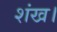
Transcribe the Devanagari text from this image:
शंख।